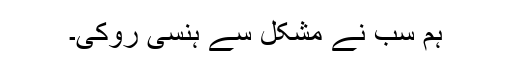
ہم سب نے مشکل سے ہنسی روکی۔